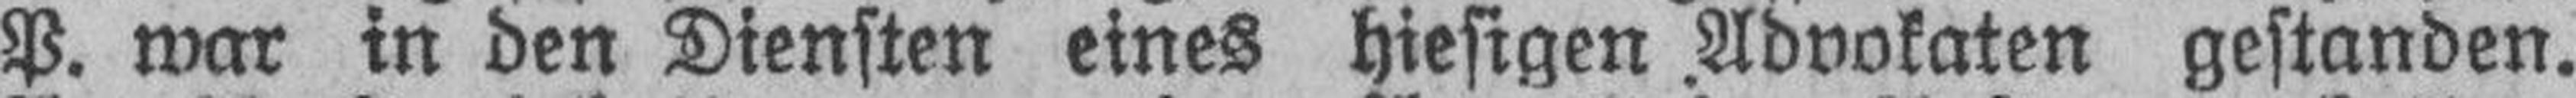
P. war in den Diensten eines hiesigen Advokaten gestanden.